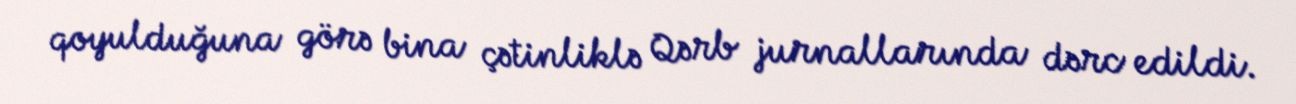
qoyulduğuna görə bina çətinliklə Qərb jurnallarında dərc edildi.